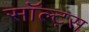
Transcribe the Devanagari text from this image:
सॉल्ट्स